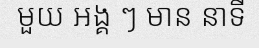
មួយ អង្គ ៗ មាន នាទី